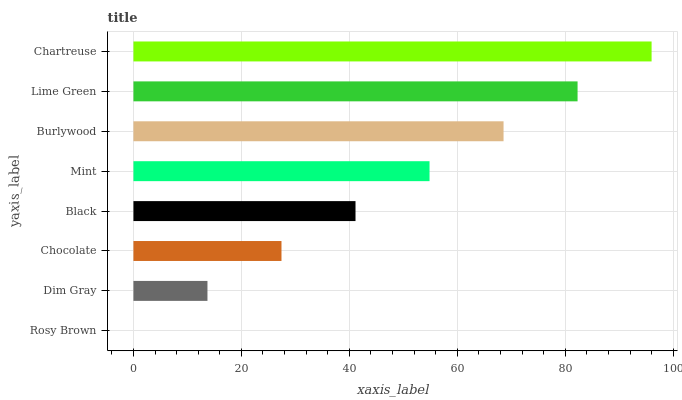
| yaxis_label | bars |
 | --- | --- |
 | Rosy Brown | 0 |
 | Dim Gray | 13.7 |
 | Chocolate | 27.4 |
 | Black | 41.1 |
 | Mint | 54.8 |
 | Burlywood | 68.6 |
 | Lime Green | 82.3 |
 | Chartreuse | 96 |